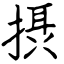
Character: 摂